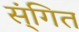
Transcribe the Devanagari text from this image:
स्ंगित